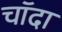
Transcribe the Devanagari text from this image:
चाॅदा